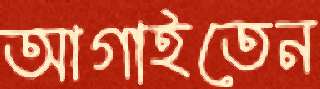
আগাইতেন